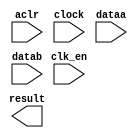
// megafunction wizard: %ALTFP_ADD_SUB%VBB%
// GENERATION: STANDARD
// VERSION: WM1.0
// MODULE: altfp_add_sub 

// ============================================================
// Megafunction Name(s):
// 			altfp_add_sub
//
// Simulation Library Files(s):
// 			lpm
// ============================================================
// ************************************************************
// THIS IS A WIZARD-GENERATED FILE. DO NOT EDIT THIS FILE!
//
// 18.1.0 Build 625 09/12/2018 SJ Lite Edition
// ************************************************************

//Copyright (C) 2018  Intel Corporation. All rights reserved.
//Your use of Intel Corporation's design tools, logic functions 
//and other software and tools, and its AMPP partner logic 
//functions, and any output files from any of the foregoing 
//(including device programming or simulation files), and any 
//associated documentation or information are expressly subject 
//to the terms and conditions of the Intel Program License 
//Subscription Agreement, the Intel Quartus Prime License Agreement,
//the Intel FPGA IP License Agreement, or other applicable license
//agreement, including, without limitation, that your use is for
//the sole purpose of programming logic devices manufactured by
//Intel and sold by Intel or its authorized distributors.  Please
//refer to the applicable agreement for further details.

module add (
	aclr,
	clk_en,
	clock,
	dataa,
	datab,
	result)/* synthesis synthesis_clearbox = 1 */;

	input	  aclr;
	input	  clk_en;
	input	  clock;
	input	[31:0]  dataa;
	input	[31:0]  datab;
	output	[31:0]  result;

endmodule

// ============================================================
// CNX file retrieval info
// ============================================================
// Retrieval info: PRIVATE: FPM_FORMAT NUMERIC "0"
// Retrieval info: PRIVATE: INTENDED_DEVICE_FAMILY STRING "Cyclone V"
// Retrieval info: PRIVATE: SYNTH_WRAPPER_GEN_POSTFIX STRING "0"
// Retrieval info: PRIVATE: WIDTH_DATA NUMERIC "32"
// Retrieval info: LIBRARY: altera_mf altera_mf.altera_mf_components.all
// Retrieval info: CONSTANT: DENORMAL_SUPPORT STRING "NO"
// Retrieval info: CONSTANT: DIRECTION STRING "ADD"
// Retrieval info: CONSTANT: INTENDED_DEVICE_FAMILY STRING "Cyclone V"
// Retrieval info: CONSTANT: OPTIMIZE STRING "SPEED"
// Retrieval info: CONSTANT: PIPELINE NUMERIC "7"
// Retrieval info: CONSTANT: REDUCED_FUNCTIONALITY STRING "NO"
// Retrieval info: CONSTANT: WIDTH_EXP NUMERIC "8"
// Retrieval info: CONSTANT: WIDTH_MAN NUMERIC "23"
// Retrieval info: USED_PORT: aclr 0 0 0 0 INPUT NODEFVAL "aclr"
// Retrieval info: USED_PORT: clk_en 0 0 0 0 INPUT NODEFVAL "clk_en"
// Retrieval info: USED_PORT: clock 0 0 0 0 INPUT NODEFVAL "clock"
// Retrieval info: USED_PORT: dataa 0 0 32 0 INPUT NODEFVAL "dataa[31..0]"
// Retrieval info: USED_PORT: datab 0 0 32 0 INPUT NODEFVAL "datab[31..0]"
// Retrieval info: USED_PORT: result 0 0 32 0 OUTPUT NODEFVAL "result[31..0]"
// Retrieval info: CONNECT: @aclr 0 0 0 0 aclr 0 0 0 0
// Retrieval info: CONNECT: @clk_en 0 0 0 0 clk_en 0 0 0 0
// Retrieval info: CONNECT: @clock 0 0 0 0 clock 0 0 0 0
// Retrieval info: CONNECT: @dataa 0 0 32 0 dataa 0 0 32 0
// Retrieval info: CONNECT: @datab 0 0 32 0 datab 0 0 32 0
// Retrieval info: CONNECT: result 0 0 32 0 @result 0 0 32 0
// Retrieval info: GEN_FILE: TYPE_NORMAL add.v TRUE
// Retrieval info: GEN_FILE: TYPE_NORMAL add.inc TRUE
// Retrieval info: GEN_FILE: TYPE_NORMAL add.cmp TRUE
// Retrieval info: GEN_FILE: TYPE_NORMAL add.bsf TRUE
// Retrieval info: GEN_FILE: TYPE_NORMAL add_inst.v TRUE
// Retrieval info: GEN_FILE: TYPE_NORMAL add_bb.v TRUE
// Retrieval info: LIB_FILE: lpm